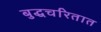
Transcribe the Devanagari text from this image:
बुद्धचरितात